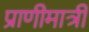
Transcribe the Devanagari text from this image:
प्राणीमात्री